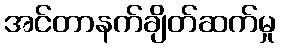
အင်တာနက်ချိတ်ဆက်မှု